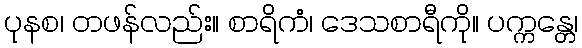
ပုနစ၊ တဖန်လည်း။ စာရိကံ၊ ဒေသစာရီကို။ ပက္ကန္တေ၊